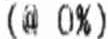
(@ 0%)